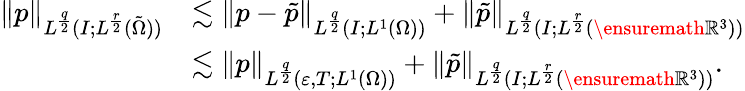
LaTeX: \begin{array}{rl}{\| p\| _{L^{\frac{q}{2}}(I;L^{\frac{r}{2}}(\tilde{\Omega}))}}&{\lesssim\| p-\tilde{p}\| _{L^{\frac{q}{2}}(I;L^{1}(\Omega))}+\| \tilde{p}\| _{L^{\frac{q}{2}}(I;L^{\frac{r}{2}}(\ensuremath{\mathbb{R}}^{3}))}}\\ &{\lesssim\| p\| _{L^{\frac{q}{2}}(\varepsilon,T;L^{1}(\Omega))}+\| \tilde{p}\| _{L^{\frac{q}{2}}(I;L^{\frac{r}{2}}(\ensuremath{\mathbb{R}}^{3}))}.}\end{array}